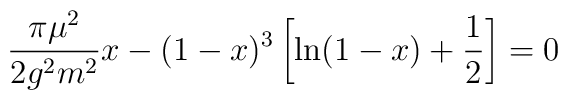
\frac{\pi\mu^2}{2g^2m^2}x-(1-x)^3\left[\ln(1-x)+\frac{1}{2}\right]=0\;\;